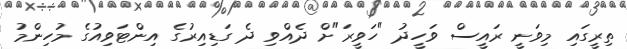
ތިރީގައި މިވަނީ ރައީސް ވަހީދު "ހަވީރަ"ށް ދެއްވި ދެ ގަޑިއިރުގެ އިންޓަވިއުގެ މުހިންމު